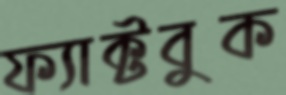
ফ্যাক্টবুক